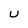
Character: U